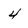
Character: 4